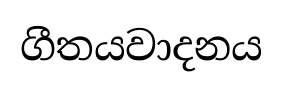
ගීතයවාදනය